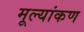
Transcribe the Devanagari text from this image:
मूल्यांकण